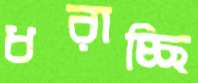
ধরাচ্ছি